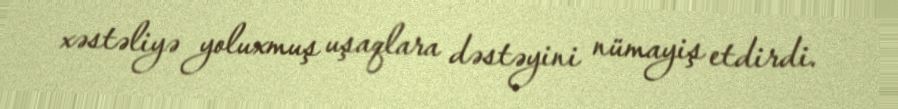
xəstəliyə yoluxmuş uşaqlara dəstəyini nümayiş etdirdi.